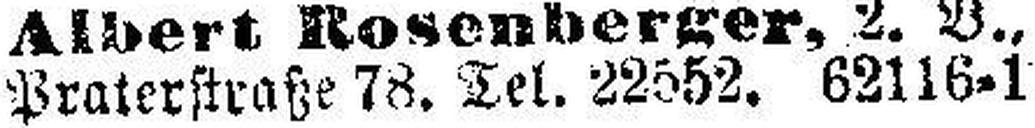
Praterstraße 78. Tel. 22552. 62116-1